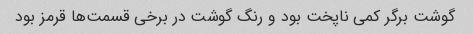
گوشت برگر کمی ناپخت بود و رنگ گوشت در برخی قسمت‌ها قرمز بود